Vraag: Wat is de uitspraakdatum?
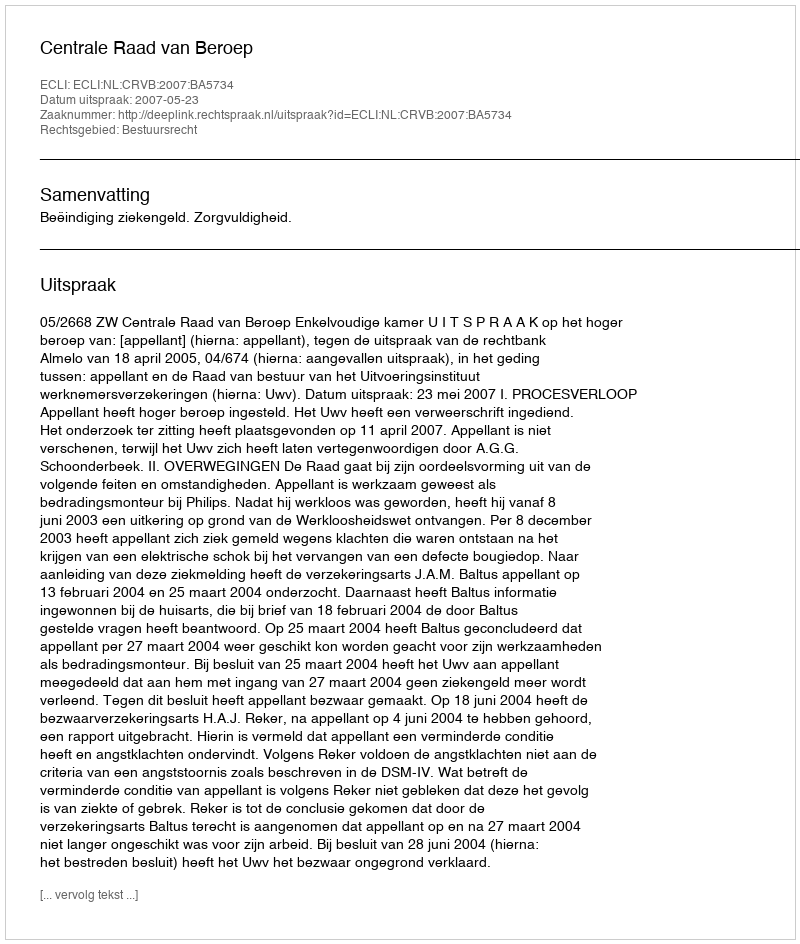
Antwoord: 2007-05-23